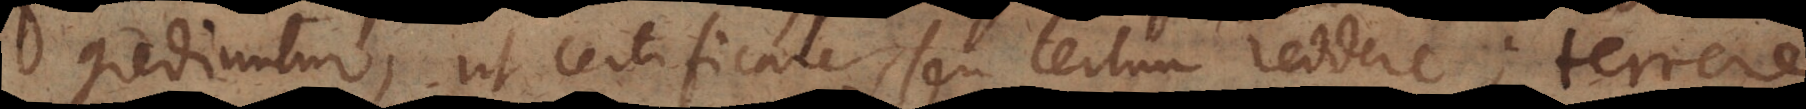
grediuntur, ut certificare, seu certum reddere; terrere